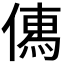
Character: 𠍶